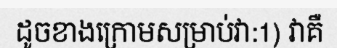
ដូចខាងក្រោមសម្រាប់វា:1) វាគឺ